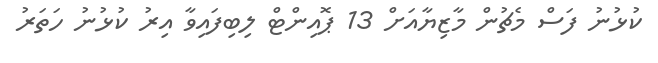
ކުޅުނު ފަސް މެޗުން މާޒިޔާއަށް 13 ޕޮއިންޓް ލިބިފައިވާ އިރު ކުޅުނު ހަތަރު